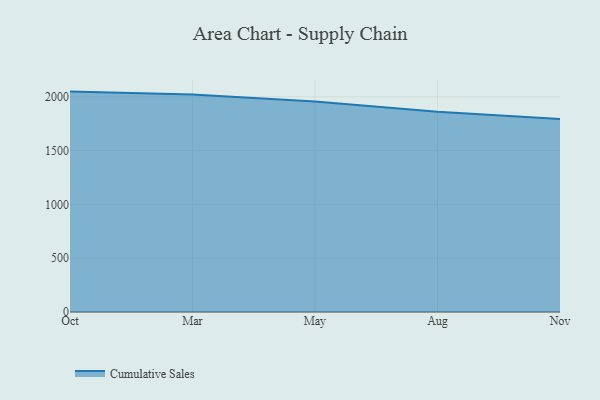
{"axis": {"x": "Month", "y": "Tickets Resolved"}, "legend": ["Cumulative Sales"], "data": [{"x": "Oct", "y": 2048.3, "type": "Cumulative Sales"}, {"x": "Mar", "y": 2022.4, "type": "Cumulative Sales"}, {"x": "May", "y": 1955.6, "type": "Cumulative Sales"}, {"x": "Aug", "y": 1860.0, "type": "Cumulative Sales"}, {"x": "Nov", "y": 1792.9, "type": "Cumulative Sales"}]}